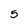
Character: 5